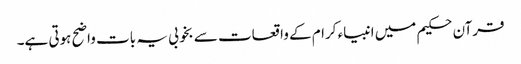
قرآن حکیم میں انبیاء کرام کے واقعات سے بخوبی یہ بات واضح ہوتی ہے۔